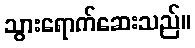
သွားရောက်ဆေးသည်။